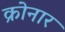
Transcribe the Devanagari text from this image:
क्रोनार